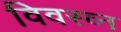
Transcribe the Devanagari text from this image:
विवस्व्न